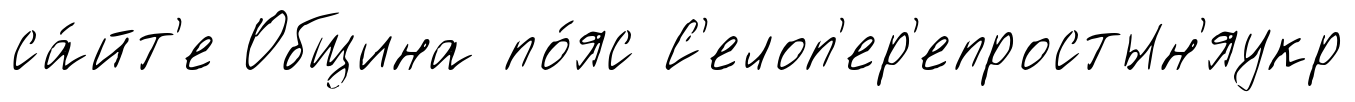
са́йт'е Община по́яс С'елоп'ер'епростын'яукр